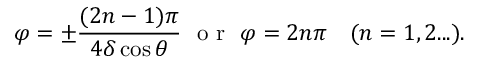
\varphi = \pm \frac { ( 2 n - 1 ) \pi } { 4 \delta \cos { \theta } } \ \mathrm { ~ o ~ r ~ } \ \varphi = 2 n \pi \quad ( n = 1 , 2 . . . ) .